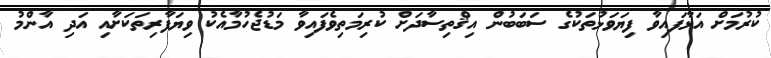
ކުރުމަށް އަޅާފައިވާ ފިޔަވަޅުތަކުގެ ސަބަބުން އިޤްތިސާދަށް ކުރިމަތިވެފައިވާ މަޑުޖެހުމާއެކު ވިޔަފާރިތަކަށާއި އަދި އާންމު